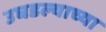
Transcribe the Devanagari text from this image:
उघडल्याच्या